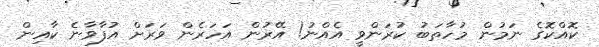
ކޮއްކޮގެ ނަމުން މުހާތަބު ކުރަންވީ އެއްނު! އޭރުން އަހަރެން ވަރަށް އުފާވާނެ ކާއިން